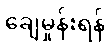
ချေမှုန်းရန်